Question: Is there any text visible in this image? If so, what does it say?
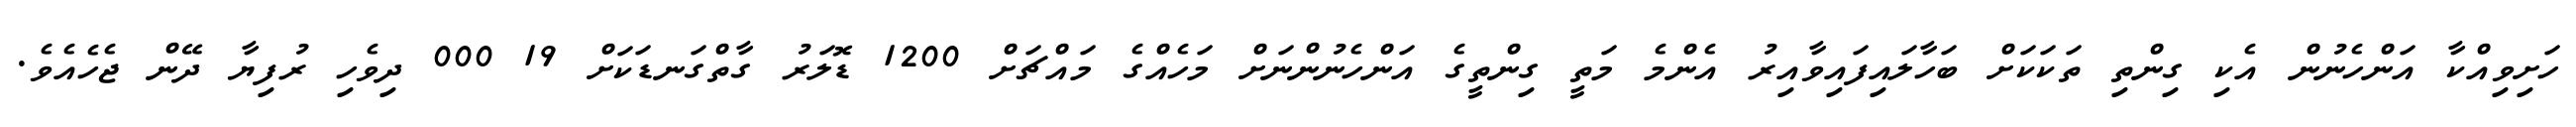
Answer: ހަށިވިއްކާ އަންހެނުން އެކި ގިންތި ތަކަކަށް ބަހާލައިފައިވާއިރު އެންމެ މަތީ ގިންތީގެ އަންހެނުންނަށް މަހެއްގެ މައްޗަށް 1200 ޑޮލަރު ގާތްގަނޑަކަށް 19 000 ދިވެހި ރުފިޔާ ދޭން ޖެހެއެވެ.